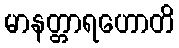
မာနတ္တာရဟောတိ